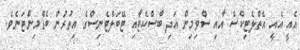
އެއީ އެއީ އެތްލެޓިކްސް އާއި ސްވިމިން އަދި ބާސްކެޓާއި ޓޭބަލްޓެނިސްގެ އިތުރުން ބެޑްމިންޓަނެވެ.